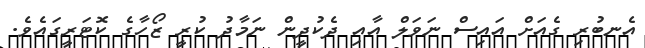
އެނބުރި ގެއަށް އައިސް ނަވަލް އާއި ދެކުދީން ނަމާދު ކުރީ ޒޯހާގެ ކޮޓަރީގައެވެ.